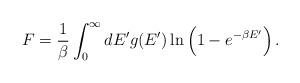
LaTeX: \begin{align*}F={1\over\beta}\int^{\infty}_0dE^{\prime}g(E^{\prime})\,{\rm ln}\left(1-e^{-\beta E^{\prime}}\right).\end{align*}